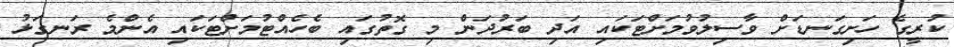
ކުރީގެ ހަށިގަނޑަށް ވާސިލުވުމަށްޓަކައި އަދި ބަރުދަން މި ގޮތުގައި ބެހެއްޓުމަށްޓަކައި އެންމެ ރަނގަޅު